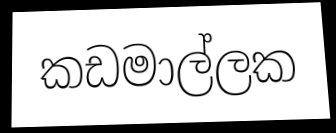
කඩමාල්ලක